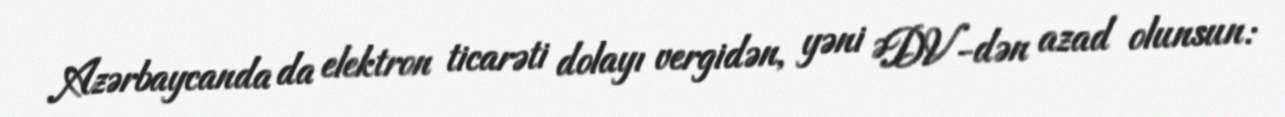
Azərbaycanda da elektron ticarəti dolayı vergidən, yəni ƏDV-dən azad olunsun: